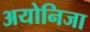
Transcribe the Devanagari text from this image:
अयोनिजा